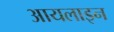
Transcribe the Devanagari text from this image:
आयलाइन